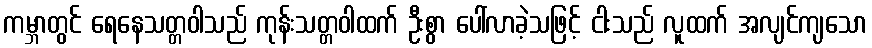
ကမ္ဘာတွင် ရေနေသတ္တဝါသည် ကုန်းသတ္တဝါထက် ဦးစွာ ပေါ်လာခဲ့သဖြင့် ငါးသည် လူထက် အလျင်ကျသော